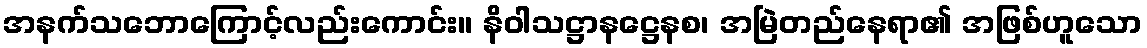
အနက်သဘောကြောင့်လည်းကောင်း။ နိဝါသဋ္ဌာနဋ္ဌေနစ၊ အမြဲတည်နေရာ၏ အဖြစ်ဟူသော